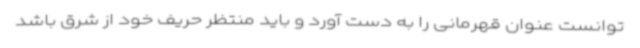
توانست عنوان قهرمانی را به دست آورد و باید منتظر حریف خود از شرق باشد